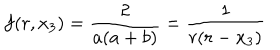
f ( r , x _ { 3 } ) = \frac 2 { a ( a + b ) } = \frac 1 { r ( r - x _ { 3 } ) }